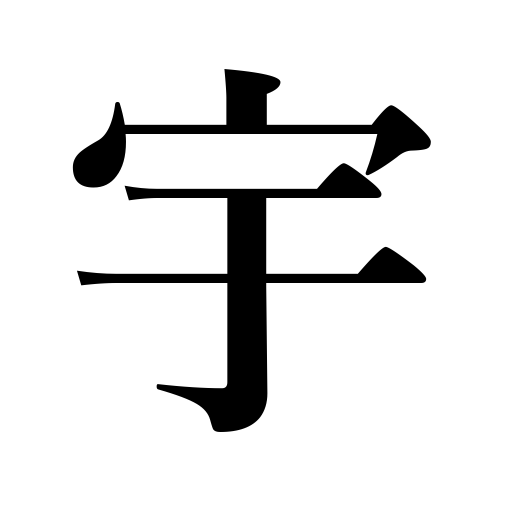
Meanings: heaven,house,eaves,roof